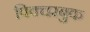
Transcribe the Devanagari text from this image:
पिक्चरबुक